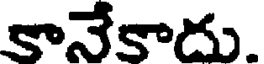
కానేకాదు.